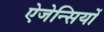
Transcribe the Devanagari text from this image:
ऐजेन्सियों